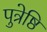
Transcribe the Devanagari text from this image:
पुत्रेष्ठि